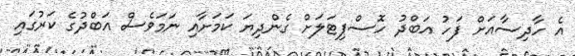
އެ ހާދިސާއަށް ފަހު އަބްދު ހޮސްޕިޓަލަށް ގެންދިޔަ ކަމަށާއި ނަމަވެސް އަބްދުގެ ކަރުގައި